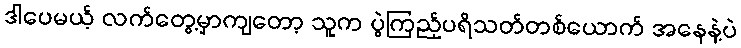
ဒါပေမယ့် လက်တွေ့မှာကျတော့ သူက ပွဲကြည့်ပရိသတ်တစ်ယောက် အနေနဲ့ပဲ